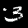
Digit: 3